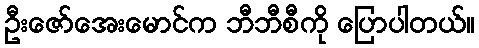
ဦးဇော်အေးမောင်က ဘီဘီစီကို ပြောပါတယ်။